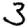
Digit: 3